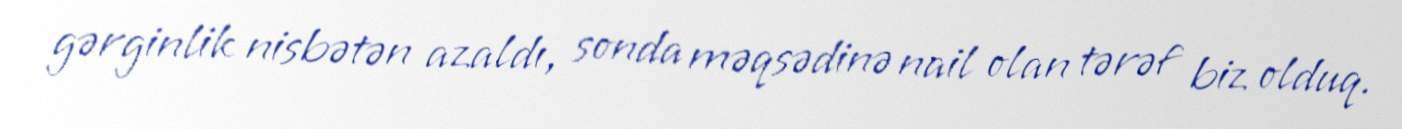
gərginlik nisbətən azaldı, sonda məqsədinə nail olan tərəf biz olduq.